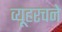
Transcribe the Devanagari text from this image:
व्यूहरचने